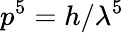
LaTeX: p^{5}=h/\lambda^{5}